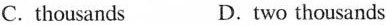
C. thousands D.two thousands